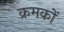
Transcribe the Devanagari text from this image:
क्रमकों